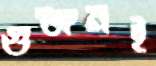
গুঞ্জনই